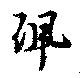
珮